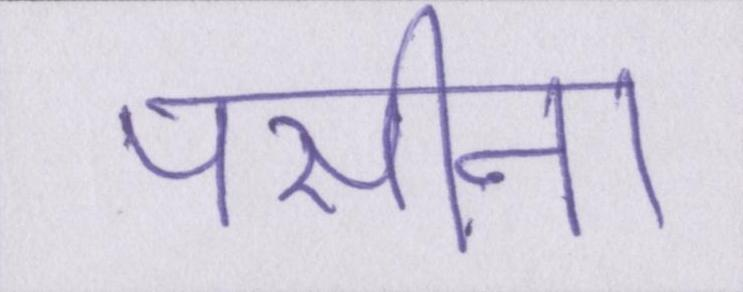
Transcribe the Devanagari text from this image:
पसीना